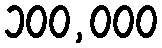
၁၀၀,၀၀၀